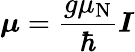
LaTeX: {\boldsymbol{\mu}}={\frac{g\mu_{\mathrm{N}}}{\hbar}}{\boldsymbol{I}}